Senior Leaving Certificate Examination (including Day School Certificate (Higher) General paper), 1948
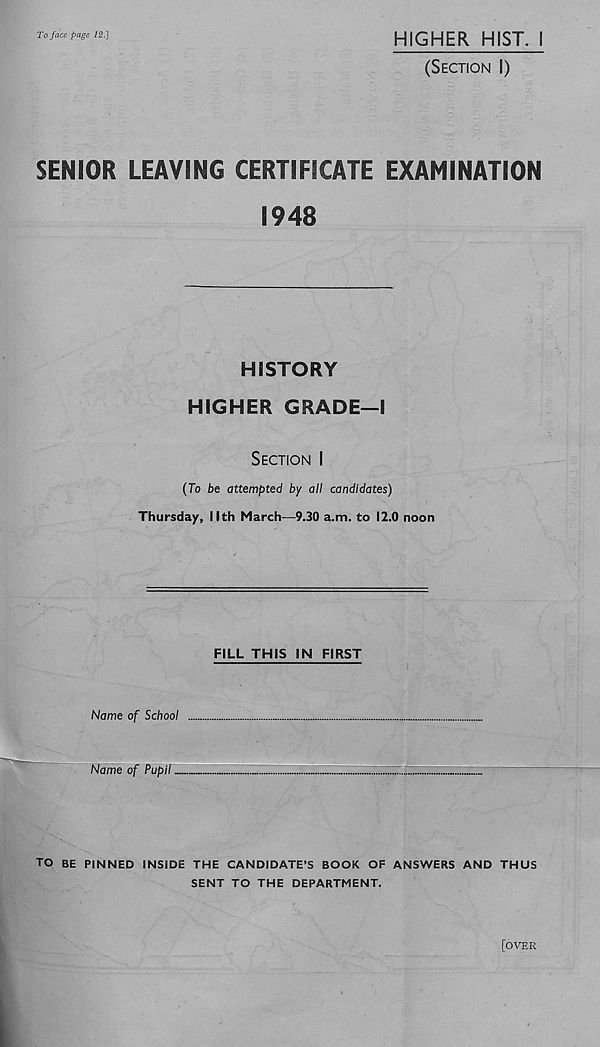
To face page 12.]
HIGHER HIST. 1
(SECTION I)
SENIOR LEAVING CERTIFICATE EXAMINATION
1948
HISTORY
HIGHER GRADE—I
SECTION I
(To be attempted by all candidates)
Thursday, Nth March—9.30 a.m. to 12.0 noon
FILL THIS IN FIRST
Name of School
Name of Pupil
~
.....:...:.r
TO BE PINNED INSIDE THE CANDIDATE’S BOOK OF ANSWERS AND THUS
SENT TO THE DEPARTMENT.
[OVER